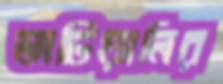
ভাটিয়ালির